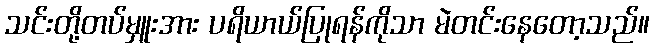
သင်းတို့တပ်မှူးအား ပရိယာယ်ပြုရန်ကိုသာ မဲတင်းနေတော့သည်။